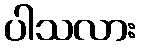
ပါသလား